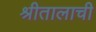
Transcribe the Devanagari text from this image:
श्रीतालाची